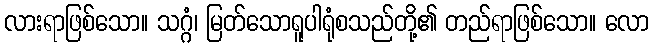
လားရာဖြစ်သော။ သဂ္ဂံ၊ မြတ်သောရူပါရုံစသည်တို့၏ တည်ရာဖြစ်သော။ လော